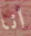
انا